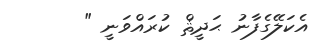
އެކަލޭގެފާނު ޙަދީޘް ކުރައްވަނީ "